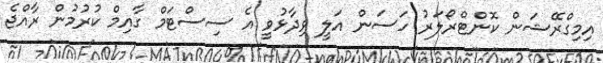
އިމިގްރޭޝަން ކޮންޓްރޯލަރު ހަސަން އަލީ ވިދާޅުވީ އެ ސިސްޓަމް ގާއިމް ކުރުމުން ރާއްޖެ